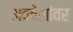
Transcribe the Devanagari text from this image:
अवषेशांवर